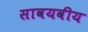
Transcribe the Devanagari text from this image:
सावयवीय